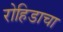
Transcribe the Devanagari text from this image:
रोहिडाचा